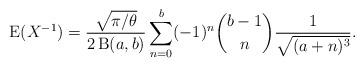
LaTeX: \begin{align*}\operatorname{E}(X^{-1})=\frac{\sqrt{\pi/\theta}}{2\operatorname{B}(a,b)}\sum_{n=0}^b (-1)^n\binom{b-1}{n}\frac{1}{\sqrt{(a+n)^3}}.\end{align*}